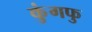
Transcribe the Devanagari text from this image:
कुंगफु